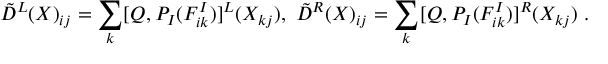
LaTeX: \tilde { D } ^ { L } ( X ) _ { i j } = \sum _ { k } [ Q , P _ { I } ( F _ { i k } ^ { I } ) ] ^ { L } ( X _ { k j } ) , \ \tilde { D } ^ { R } ( X ) _ { i j } = \sum _ { k } [ Q , P _ { I } ( F _ { i k } ^ { I } ) ] ^ { R } ( X _ { k j } ) \ .